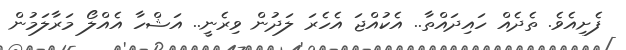
ފެށިއެވެ. ތެދެއް ހައިދައްތާ.. އެކުއްޖަ އެހެރަ ލަދުން ވިރެނީ.. އަޝްހާ އެއްލޯ މަރާލަމުން